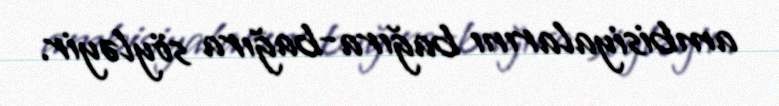
ambisiyalarını bağıra-bağıra söyləyir.